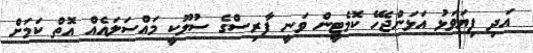
އަދި ފިޔަވަޅު އަޅަންޖެހޭ ކޮމެޓީން ވަނީ ފާރިސްގެ ސުލޫކީ މައްސަލައެއް އޮތް ކަމަށް